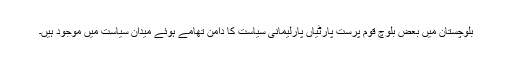
بلوچستان میں بعض بلوچ قوم پرست پارٹیاں پارلیمانی سیاست کا دامن تھامے ہوئے میدان سیاست میں موجود ہیں۔